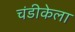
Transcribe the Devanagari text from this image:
चंडीकेला